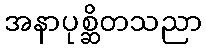
အနာပုစ္ဆိတသညာ